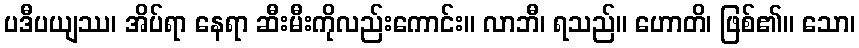
ပဒီပယျဿ၊ အိပ်ရာ နေရာ ဆီးမီးကိုလည်းကောင်း။ လာဘီ၊ ရသည်။ ဟောတိ၊ ဖြစ်၏။ သော၊